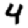
Digit: 4